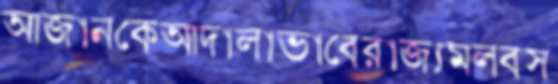
আজানকেআদালাভাবেরাজ্যমলবস